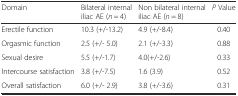
<table><thead><tr><td><b>Domain</b></td><td><b>Bilateral internal iliac AE (<i>n</i> = 4)</b></td><td><b>Non bilateral internal iliac AE (<i>n</i> = 8)</b></td><td><b><i>P</i> Value</b></td></tr></thead><tbody><tr><td>Erectile function</td><td>10.3 (+/-13.2)</td><td>4.9 (+/-8.4)</td><td>0.40</td></tr><tr><td>Orgasmic function</td><td>2.5 (+/- 5.0)</td><td>2.1 (+/-3.3)</td><td>0.88</td></tr><tr><td>Sexual desire</td><td>5.5 (+/-1.7)</td><td>4.0(+/-2.6)</td><td>0.33</td></tr><tr><td>Intercourse satisfaction</td><td>3.8 (+/-7.5)</td><td>1.6 (3.9)</td><td>0.52</td></tr><tr><td>Overall satisfaction</td><td>6.0 (+/- 2.9)</td><td>3.8 (+/-3.6)</td><td>0.31</td></tr></tbody></table>